Vabadussoja_Ajaloo_Komitee, lk 11
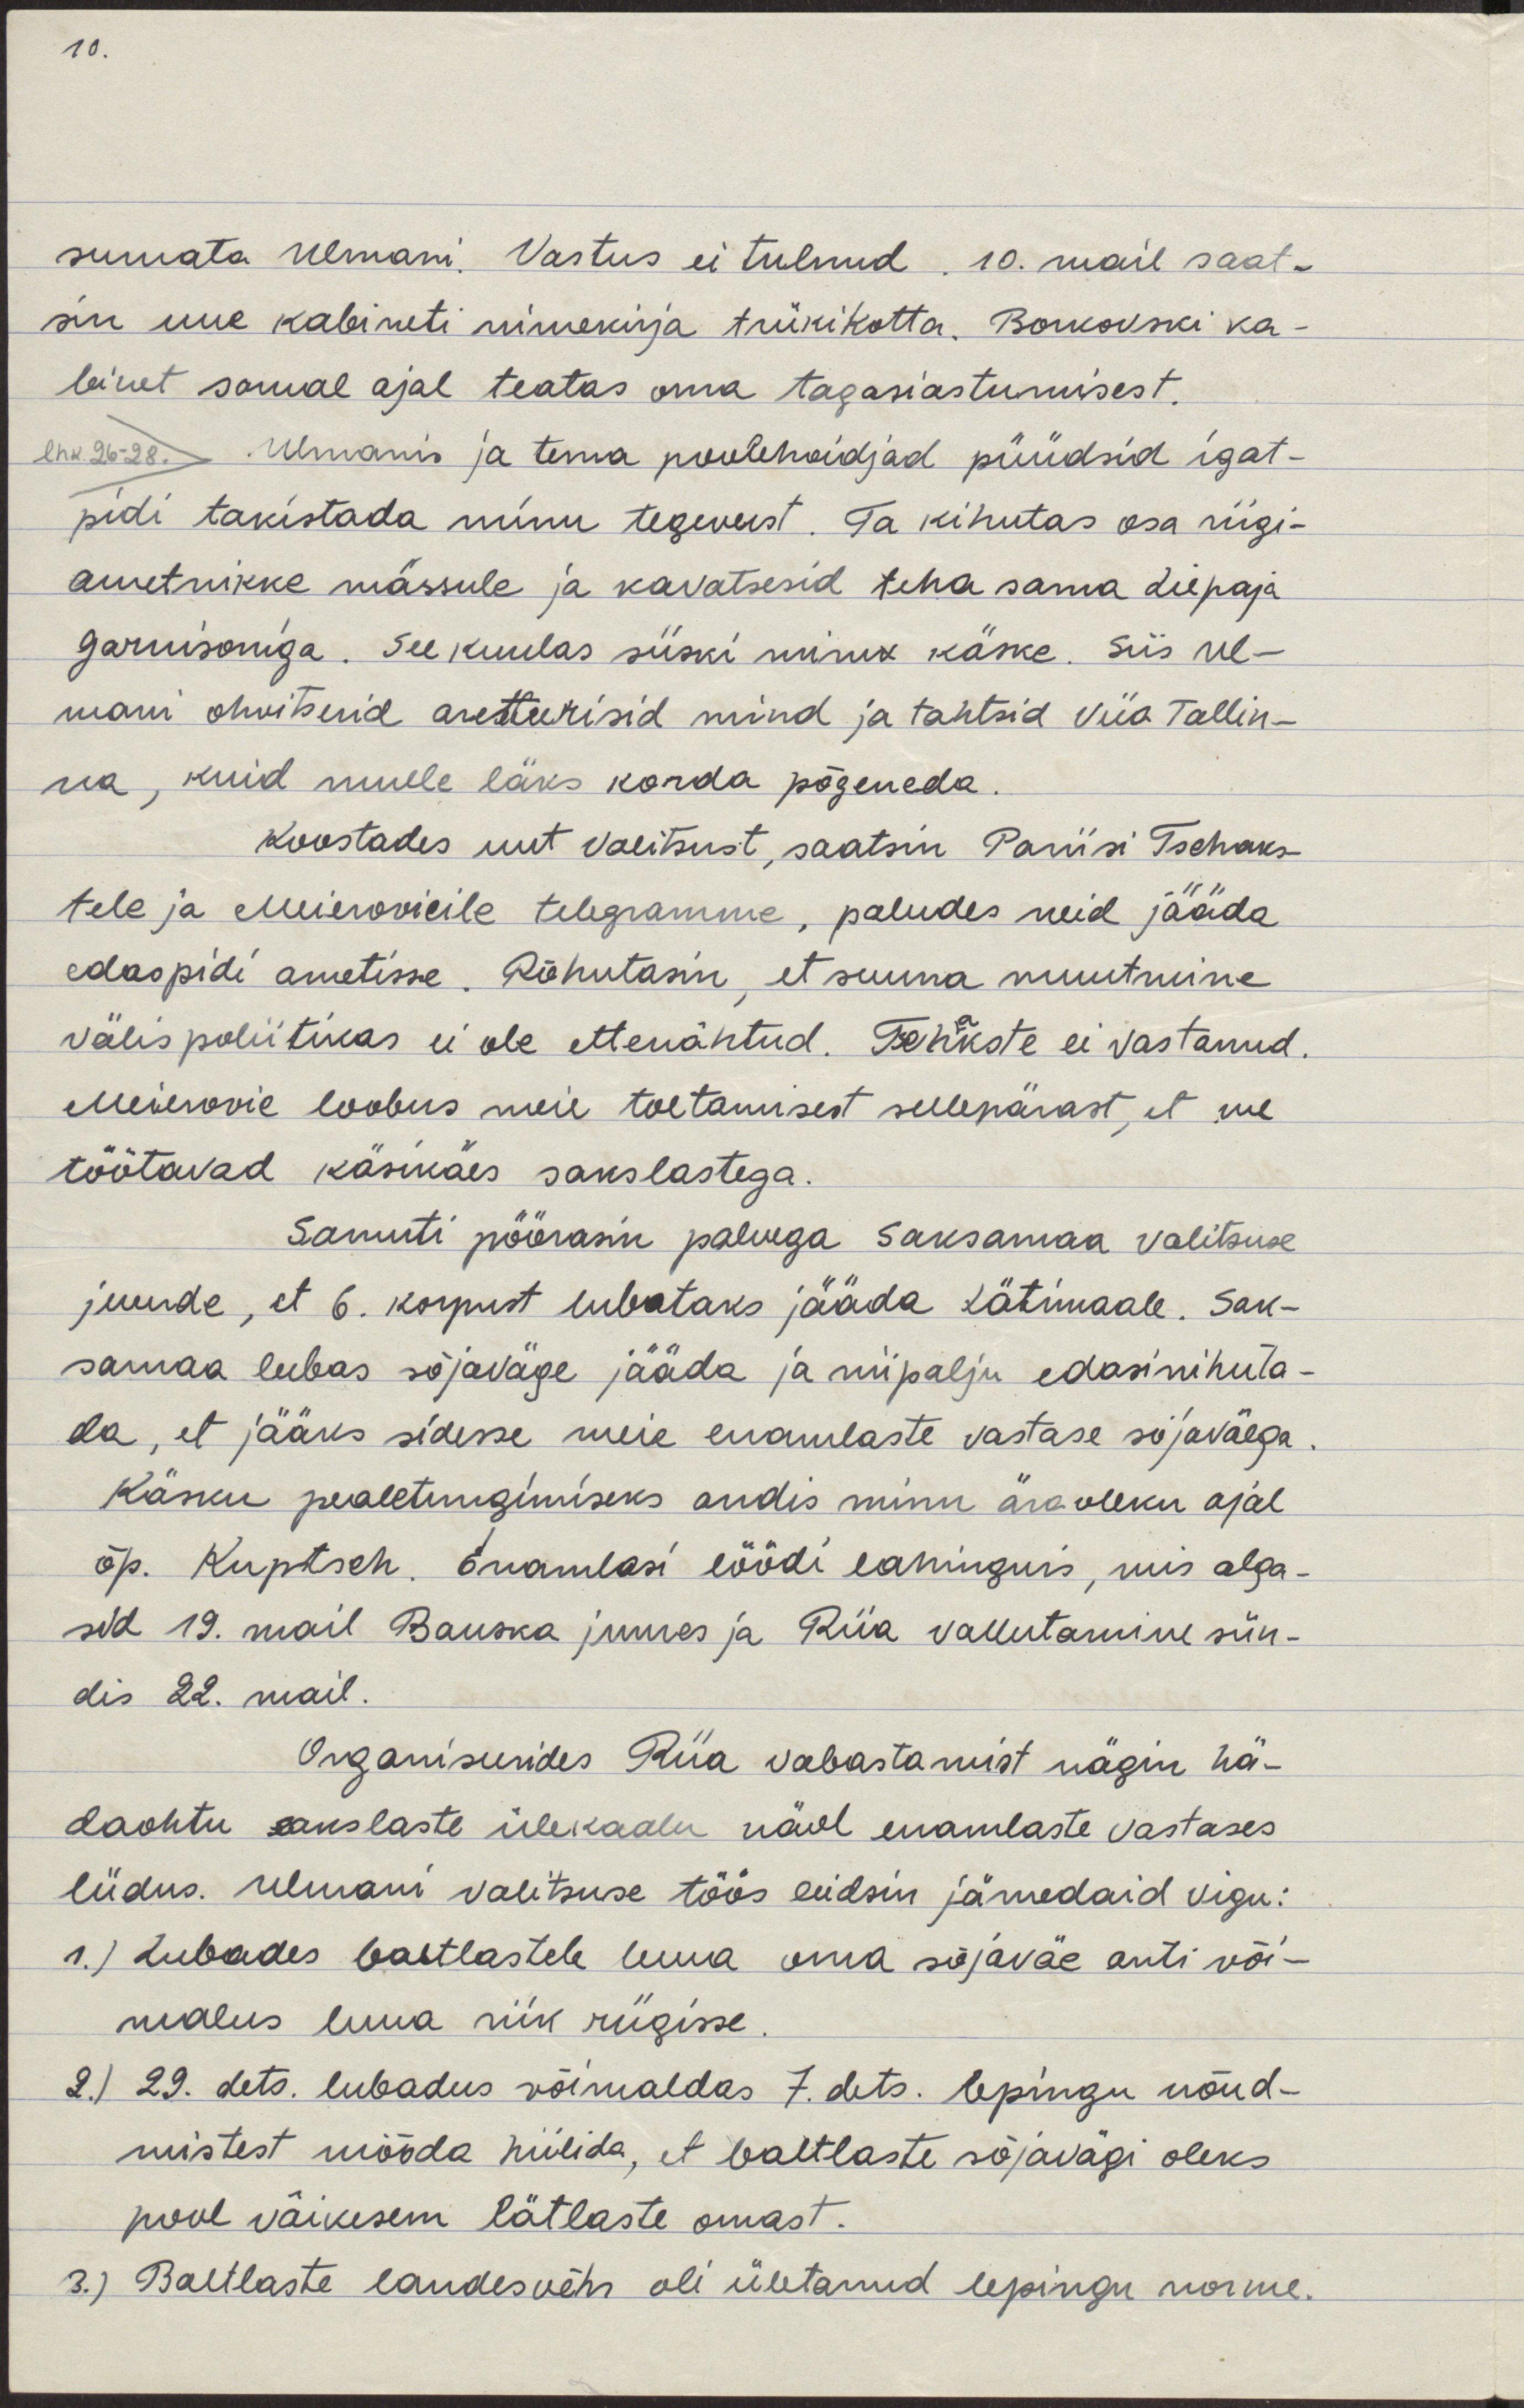
sumata Ulmani. Vastus ei tulnud. 10. mail saat-
sin uue kabineti nimekirja trükikotta. Borkovski ka-
binet samal ajal teatas oma tagasiastumisest.
Ulmanis ja tema poolehoidjad püüdsid igat-
pidi takistada minu tegevust. Ta kihutas osa riigi-
ametnikke mässule ja kavatsesid teha sama Liepaja
garnisoniga. See kuulas siiski minu käske. Siis Ul-
mani ohvitserid aretteerisid mind ja tahtsid viia Tallin-
na, kuid mulle läks korda põgeneda.
Koostades uut valitsust, saatsin Pariisi Tschaks-
tele ja Meierovicile telegramme, paludes neid jääda
edaspidi ametisse. Rõhutasin, et suuna muutmine
välispoliitikas ei ole ettenähtud. Tschkste ei vastanud.
Meierovic loobus meie toetamisest sellepärast, et me
töötavad käsikäes sakslastega.
Samuti pöörasin palvega Saksamaa valitsuse
juurde, et 6. korpust lubataks jääda Lätimaale. Sak-
samaa lubas sõjaväge jääda ja niipalju edasinihuta-
da, et jääks sidesse meie enamlaste vastase sõjaväega.
Käsku pealetungimiseks andis minu ära oleku ajal
õp. Kuptsch. Enamlasi löödi lahinguis, mis alga-
sid 12. mail Bauska juures ja Riia vallutamine sün-
dis 22. mail.
Organiseerides Riia vabastamist nägin hä-
daohtu sakslaste ülekaalu näol enamlaste vastases
liidus. Ulmani valitsuse töös leidsin jämedaid vigu:
1) Lubades baltlastele luua oma sõjaväe anti või-
malus luua riik riigisse.
2) 22. dets. lubadus võimaldas 7. dets. lepingu nõud-
mistest mööda hiilida, et baltlaste sõjavägi oleks
pool väiksem lätlaste omast.
3) Baltlaste landesvehr oli ületanud lepingu norme.